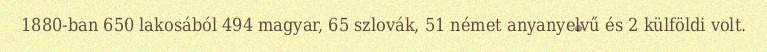
1880-ban 650 lakosából 494 magyar, 65 szlovák, 51 német anyanyelvű és 2 külföldi volt.